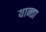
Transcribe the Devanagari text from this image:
यान्ता